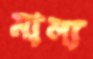
মাল্য